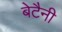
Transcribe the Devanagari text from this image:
बेटैनी